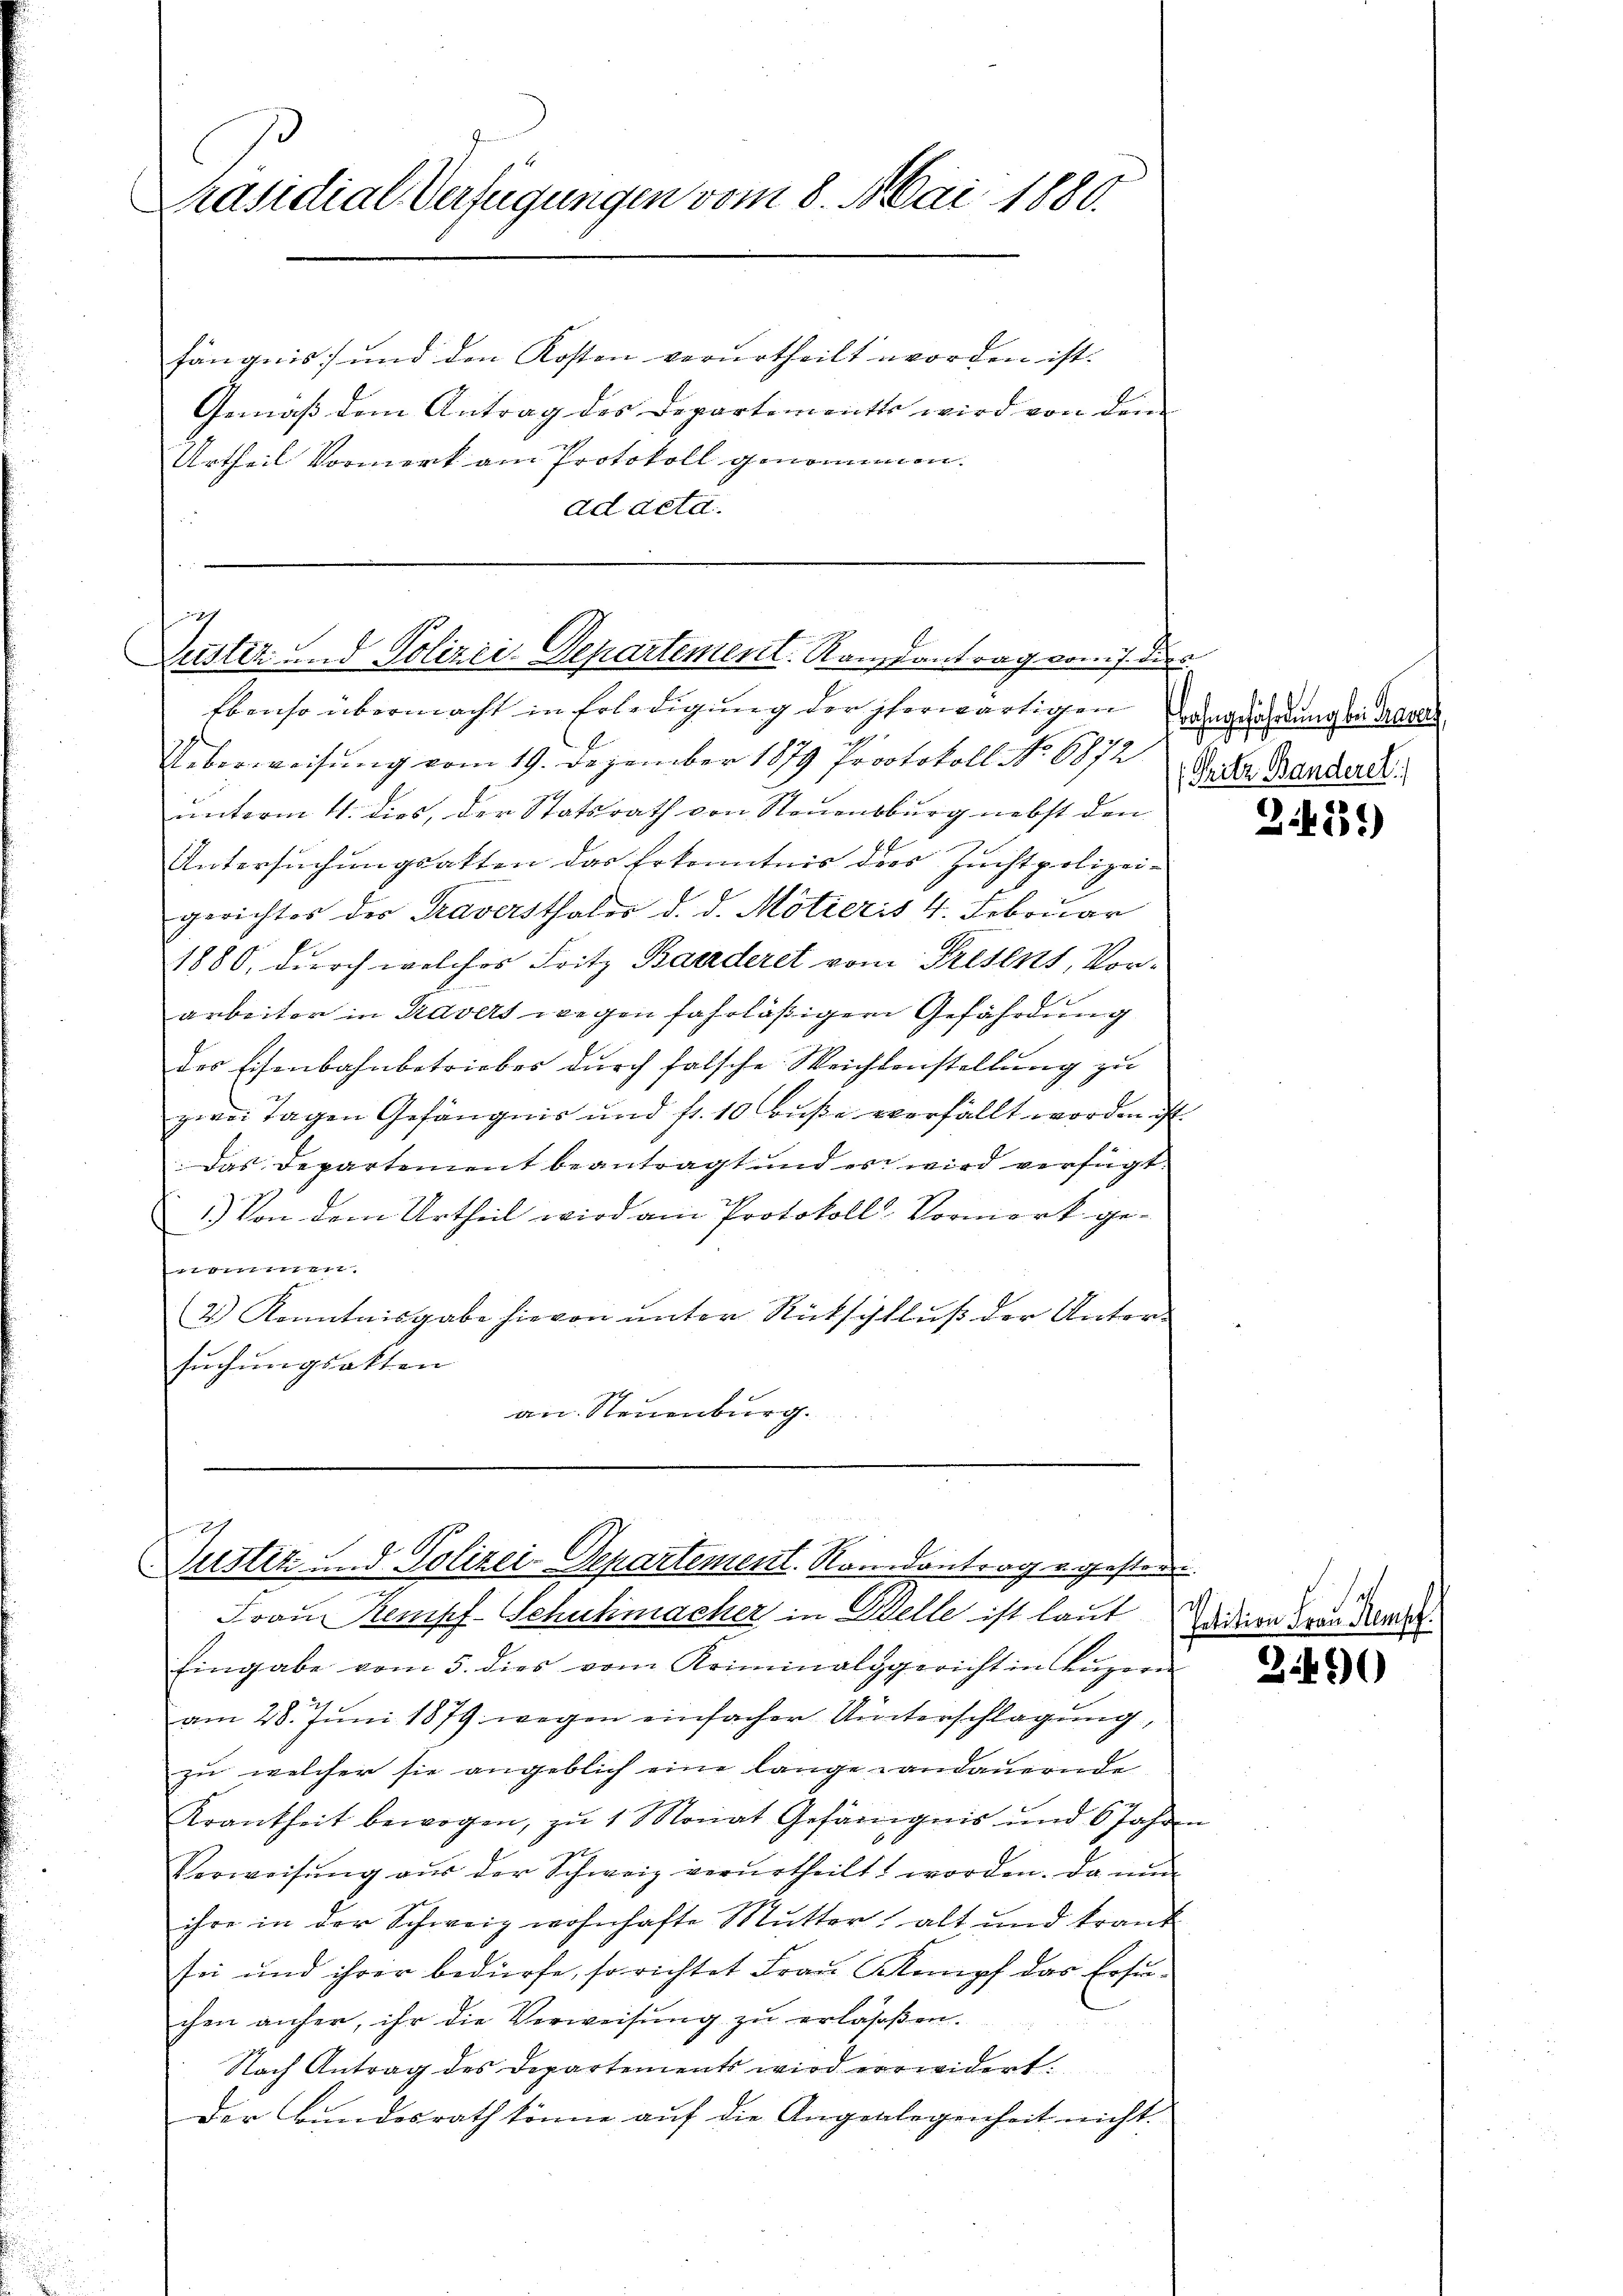
Präsidial-Verfügungen vom 8. Mai 1880.

7
Justiz und Polizei-Departement. Ramantrag vom 7. die

fängnis und den Kosten verurtheilt worden ist.
Gemäß dem Antrag des Departements wird von dem
Urtheil Vormerk am Protokoll genommen.
ad acta.

Ebenso übermacht in Erledigung der herwärtigen Angeahndung bei der
Ueberweisung vom 19. Dezember 1879 Protokoll No 6872.
unterm 4. dies, der Statsrath von Neuenburg nebst den
Untersuchungsakten das Erkenntnis des Zuchtpolizei-
gerichtes des Traversthales d. d. Motieris 4. Februar
1880, durch welches Fritz Baaderet vom Presens, Vorarbeiter in Travers wegen fahrläßiger Gefährdung
des Eisenbahnbetriebes durch falsche Weichdenstellung zu
zwei Tagen Gefängnis und fr. 10 Buße verfällt worden ist.
Das Departement beantragt und es wird verfügt:
1.) Von dem Urtheil wird am Protokoll Vormerk getchen.
2.) Kenntnisgabe hievon unter Rückschluß der Untersuchungsakten
an. Neuenburg.

2
Justiz und Polizei-Departement. Romantrag u. gestern.
Frau Kempf-Schuhmacher in Vielle ist laut

/ Gritz Banderet.

Eingabe vom 5. dies vom Kriminalggericht in Lŭzern
am 28. Juni 1879 wegen einfacher Unterschlagung,
zu welcher sie angeblich eine lange Landauernde
Krankheit bewogen, zŭ 1 Monat Gefängnis und 6 Jahren
Verweisŭng aŭs der Schweiz verurtheilt worden. Da nun
ihre in der Schweiz wohnhafte Mutter alt und krank
sei und ihrer bedürfe, so richtet Frau Kampf das Ersuchen anfer, ihr die Verweisung zŭ erlassen.
Nach Antrag des Departements wird verwidert.
Der Bundesrath könne auf die Angelegenheit nicht.

Petitio

2431)

3.490

au Kempf